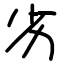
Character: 劣